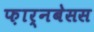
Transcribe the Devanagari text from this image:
फ़ार्नबेसस